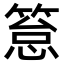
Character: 䈚